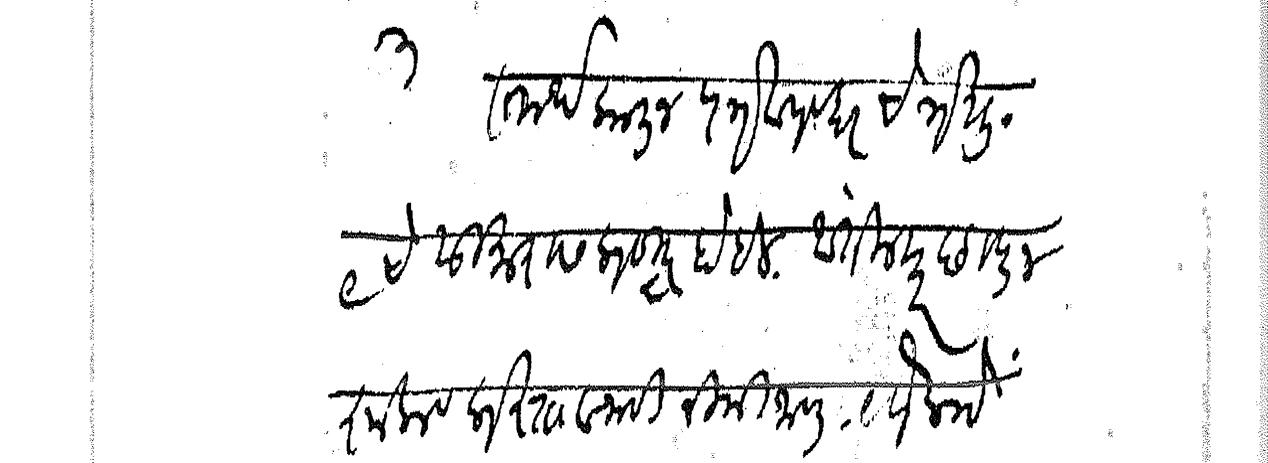
Transliteration (Devanagari): ३ समर्थकालीन पत्रव्यवहार चैत्र शु ९ चे सुमारास प्रसिद्ध होईल आतील मजकूर छापून झाला व प्रस्तावनाही निमी जाहली येणे प्राो